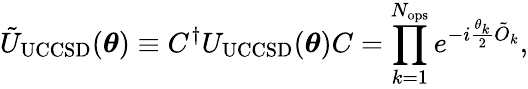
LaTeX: \tilde{U}_{\mathrm{UCCSD}}(\boldsymbol{\theta})\equiv C^{\dagger}U_{\mathrm{UCCSD}}(\boldsymbol{\theta})C=\prod_{k=1}^{N_{\mathrm{ops}}}e^{-i\frac{\theta_{k}}{2}\tilde{O}_{k}},